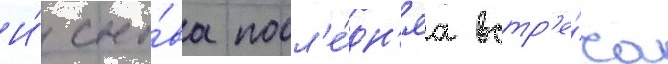
И́ сно́ва посл'е́дн'яа встр'е́ча